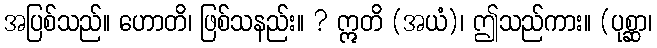
အပြစ်သည်။ ဟောတိ၊ ဖြစ်သနည်း။ ? ဣတိ (အယံ)၊ ဤသည်ကား။ (ပုစ္ဆာ၊